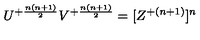
U ^ { + { \frac { n ( n + 1 ) } { 2 } } } V ^ { + { \frac { n ( n + 1 ) } { 2 } } } = [ Z ^ { + { ( n + 1 ) } } ] ^ { n }